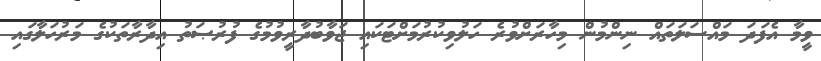
ވީމާ އެފަދަ މައްސަލަތައް ނިންމުން މިހާރަށްވުރެ ހަލުވިކުރުމަށްޓަކައި ޖަވާބުދާރީވުމުގެ ފުރުޞަތު އިދާރާތަކުގެ މަރުހަލާގައި